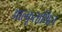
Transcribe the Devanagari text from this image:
आल्कूताथिल